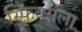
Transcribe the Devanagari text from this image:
स्फिंक्सला